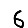
Digit: 6